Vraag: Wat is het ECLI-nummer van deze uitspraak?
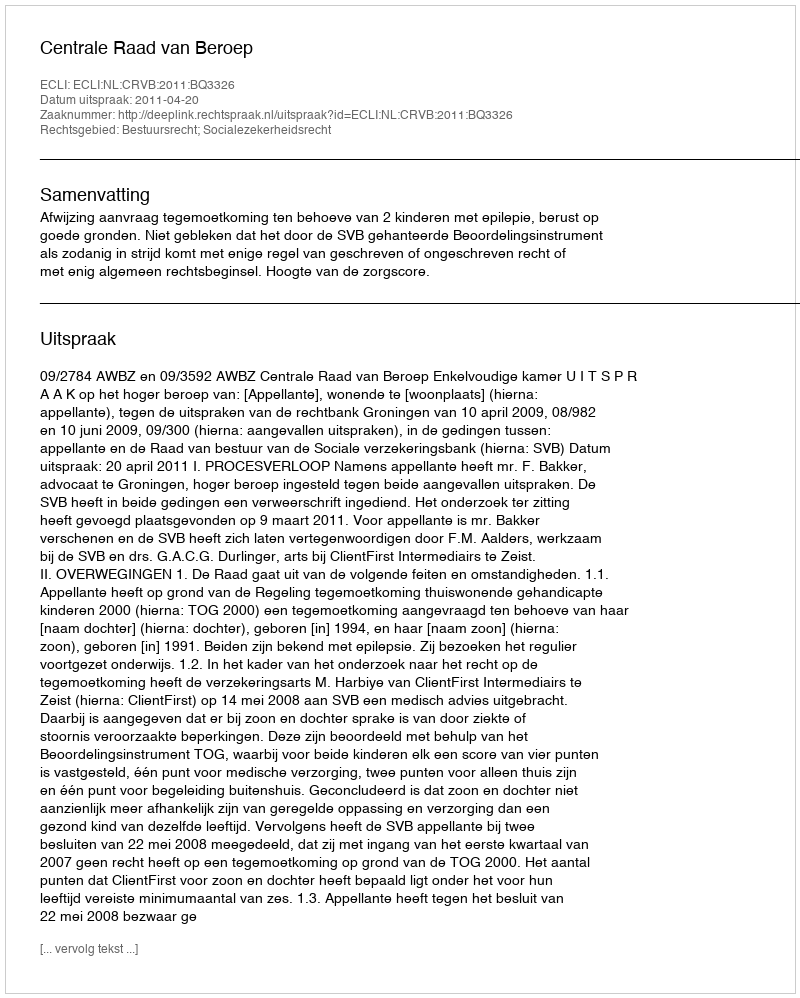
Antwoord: ECLI:NL:CRVB:2011:BQ3326